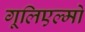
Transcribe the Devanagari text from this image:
गूलिएल्मो